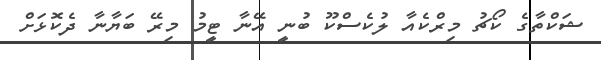
ޝަކްތާގެ ކޯޗު މިރްކެއާ ލުކެސްކޫ ބުނީ އޭނާ ޓީމު މިރޭ ބަޔާނާ ދެކޮޅަށް